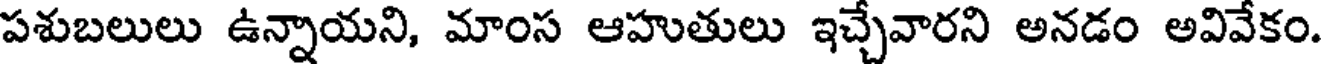
పశుబలులు ఉన్నాయని, మాంస ఆహుతులు ఇచ్చేవారని అనడం అవివేకం.